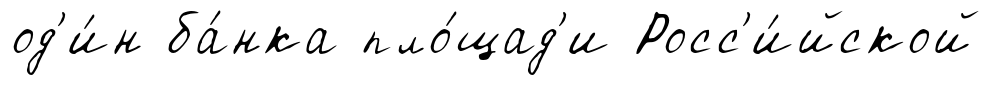
од'и́н ба́нка пло́щад'и Росс'и́йской